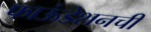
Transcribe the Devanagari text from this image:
फाऊंडेशनची